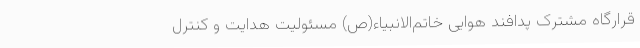
قرارگاه مشترک پدافند هوایی خاتم‌الانبیاء(ص) مسئولیت هدایت و کنترل